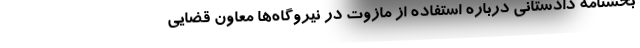
بخشنامه دادستانی درباره استفاده از مازوت در نیروگاه‌ها معاون قضایی